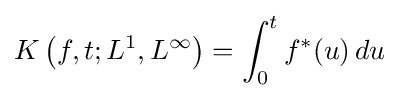
K\left(f,t;L^{1},L^{\infty }\right)=\int _{0}^{t}f^{*}(u)\,du